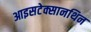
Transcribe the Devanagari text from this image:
आइसटेक्सानथिन